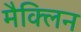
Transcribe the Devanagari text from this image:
मैक्लिन